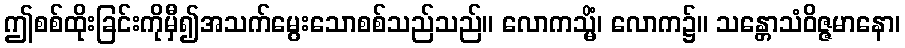
ဤစစ်ထိုးခြင်းကိုမှီ၍အသက်မွေးသောစစ်သည်သည်။ လောကသ္မိံ၊ လောက၌။ သန္တောသံဝိဇ္ဇမာနော၊